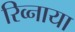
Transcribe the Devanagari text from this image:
रिव्नाया